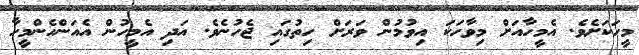
މީހަކަށެވެ. އެމީހާއަށް މިވާހަކަ އިވުމުން ވަރަށް ހިތުގައި ޖެހުނެވެ. އަދި އެމީހުން އެއަންހެންމީހާ